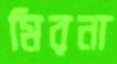
মিরনা